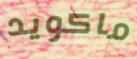
ماكويد